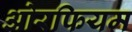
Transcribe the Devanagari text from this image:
ओरफियम